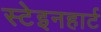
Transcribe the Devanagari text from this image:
स्टेइनहार्ट